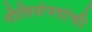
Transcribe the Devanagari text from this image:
नीतिसंपदांची